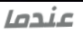
عندما